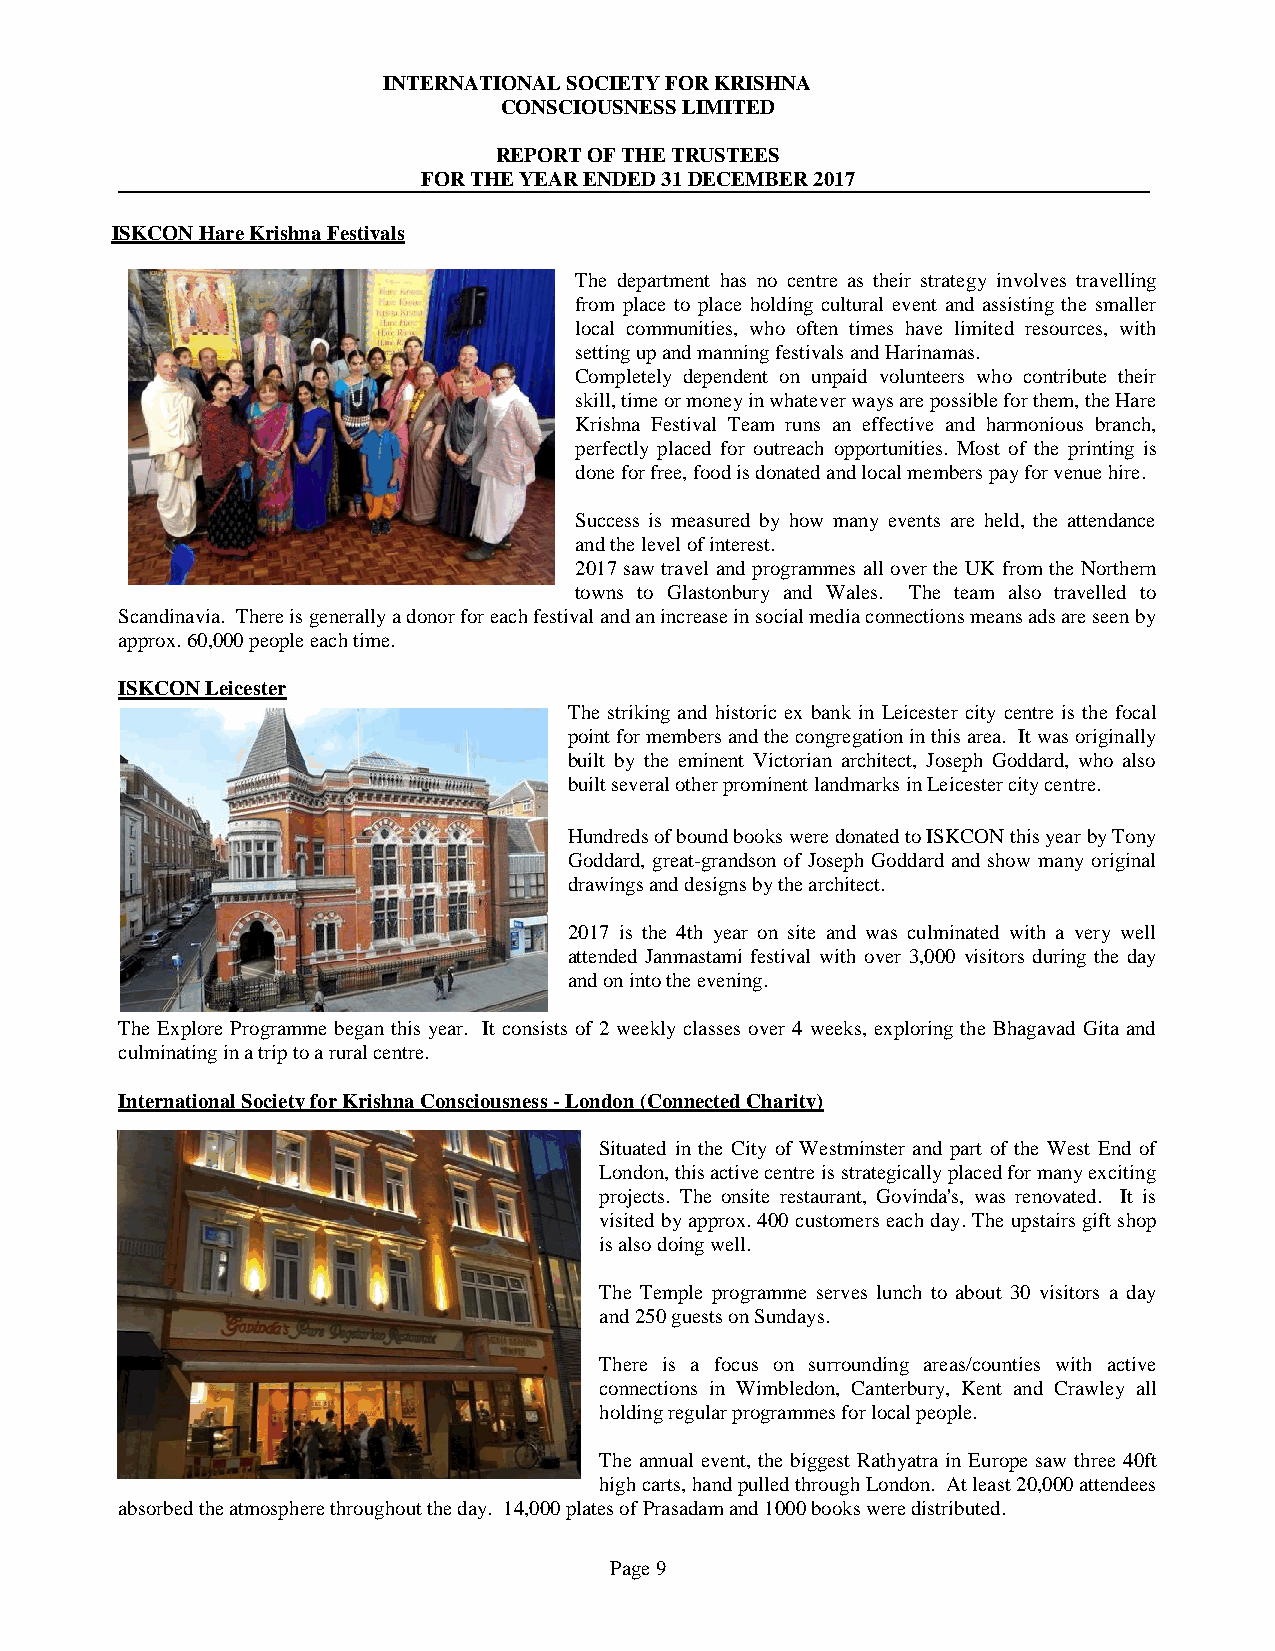
INTERNATIONAL SOCIETY FOR KRISHNA
 CONSCIOUSNESS LIMITED
 REPORT OF THE TRUSTEES
 FOR THE YEAR ENDED 31 DECEMBER 2017
 ISKCON Hare Krishna Festivals
 The department has no centre as their strategy involves travelling
 from place to place holding cultural event and assisting the smaller
 local communities, who often times have limited resources, with
 setting up and manning festivals and Harinamas.
 Completely dependent on unpaid volunteers who contribute their
 skill, time or money in whatever ways are possible for them, the Hare
 Krishna Festival Team runs an effective and harmonious branch,
 perfectly placed for outreach opportunities. Most of the printing is
 done for free, food is donated and local members pay for venue hire.
 Success is measured by how many events are held, the attendance
 and the level of interest.
 2017 saw travel and programmes all over the UK from the Northern
 towns to Glastonbury and Wales. The team also travelled to
 Scandinavia. There is generally a donor for each festival and an increase in social media connections means ads are seen by
 approx. 60,000 people each time.
 ISKCON Leicester
 The striking and historic ex bank in Leicester city centre is the focal
 point for members and the congregation in this area. It was originally
 built by the eminent Victorian architect, Joseph Goddard, who also
 built several other prominent landmarks in Leicester city centre.
 Hundreds of bound books were donated to ISKCON this year by Tony
 Goddard, great-grandson of Joseph Goddard and show many original
 drawings and designs by the architect.
 2017 is the 4th year on site and was culminated with a very well
 attended Janmastami festival with over 3,000 visitors during the day
 and on into the evening.
 The Explore Programme began this year. It consists of 2 weekly classes over 4 weeks, exploring the Bhagavad Gita and
 culminating in a trip to a rural centre.
 International Society for Krishna Consciousness - London (Connected Charity)
 Situated in the City of Westminster and part of the West End of
 London, this active centre is strategically placed for many exciting
 projects. The onsite restaurant, Govinda's, was renovated. It is
 visited by approx. 400 customers each day. The upstairs gift shop
 is also doing well.
 The Temple programme serves lunch to about 30 visitors a day
 and 250 guests on Sundays.
 There is a focus on surrounding areas/counties with active
 connections in Wimbledon, Canterbury, Kent and Crawley all
 holding regular programmes for local people.
 The annual event, the biggest Rathyatra in Europe saw three 40ft
 high carts, hand pulled through London. At least 20,000 attendees
 absorbed the atmosphere throughout the day. 14,000 plates of Prasadam and 1000 books were distributed.
 Page 9